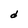
Character: d